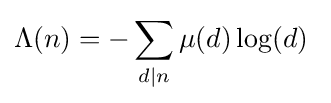
\Lambda (n)=-\sum _{d\mid n}\mu (d)\log(d)\